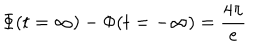
\Phi ( t = \infty ) - \Phi ( t = - \infty ) = \frac { 4 \pi } { e }